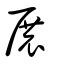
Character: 展